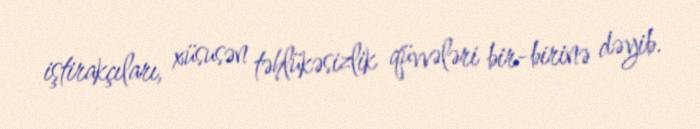
iştirakçıları, xüsusən təhlükəsizlik qüvvələri bir-birinə dəyib.